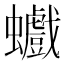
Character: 𧕆